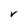
Character: V